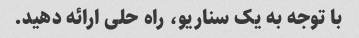
با توجه به یک سناریو، راه حلی ارائه دهید.